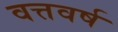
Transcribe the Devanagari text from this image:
वत्तवर्ष